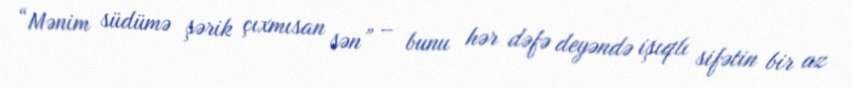
“Mənim südümə şərik çıxmısan sən” – bunu hər dəfə deyəndə işıqlı sifətin bir az